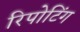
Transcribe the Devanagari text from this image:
रिपोटिंग